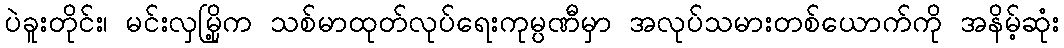
ပဲခူးတိုင်း၊ မင်းလှမြို့က သစ်မာထုတ်လုပ်ရေးကုမ္ပဏီမှာ အလုပ်သမားတစ်ယောက်ကို အနိမ့်ဆုံး